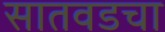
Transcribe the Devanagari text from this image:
सातवडचा